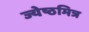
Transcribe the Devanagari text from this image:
ज्येष्ठमित्र